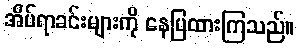
အိပ်ရာခင်းများကို နေပြထားကြသည်။